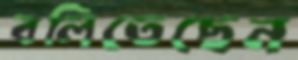
বলিতেছেন